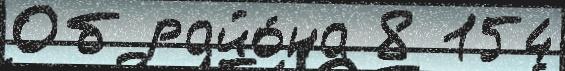
Об райо́на 8 154